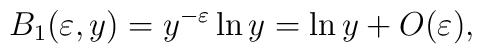
B_1(\varepsilon,y)=y^{-\varepsilon}\ln y=\ln y + O(\varepsilon) \nonumber,